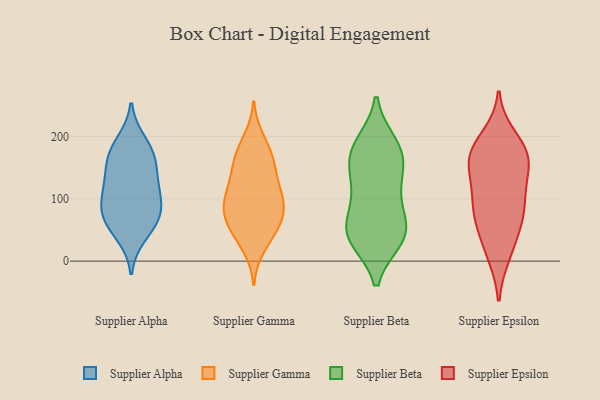
{"axis": {"x": "Humidity (%)", "y": "Value"}, "legend": ["Supplier Alpha", "Supplier Beta", "Supplier Epsilon", "Supplier Gamma"], "data": [{"x": "", "y": 42, "type": "Supplier Alpha"}, {"x": "", "y": 81, "type": "Supplier Alpha"}, {"x": "", "y": 174, "type": "Supplier Alpha"}, {"x": "", "y": 125, "type": "Supplier Alpha"}, {"x": "", "y": 63, "type": "Supplier Alpha"}, {"x": "", "y": 110, "type": "Supplier Alpha"}, {"x": "", "y": 70, "type": "Supplier Alpha"}, {"x": "", "y": 118, "type": "Supplier Alpha"}, {"x": "", "y": 80, "type": "Supplier Alpha"}, {"x": "", "y": 156, "type": "Supplier Alpha"}, {"x": "", "y": 190, "type": "Supplier Alpha"}, {"x": "", "y": 167, "type": "Supplier Alpha"}, {"x": "", "y": 196, "type": "Supplier Gamma"}, {"x": "", "y": 75, "type": "Supplier Gamma"}, {"x": "", "y": 99, "type": "Supplier Gamma"}, {"x": "", "y": 22, "type": "Supplier Gamma"}, {"x": "", "y": 99, "type": "Supplier Gamma"}, {"x": "", "y": 177, "type": "Supplier Gamma"}, {"x": "", "y": 155, "type": "Supplier Gamma"}, {"x": "", "y": 115, "type": "Supplier Gamma"}, {"x": "", "y": 110, "type": "Supplier Gamma"}, {"x": "", "y": 41, "type": "Supplier Gamma"}, {"x": "", "y": 172, "type": "Supplier Gamma"}, {"x": "", "y": 76, "type": "Supplier Gamma"}, {"x": "", "y": 141, "type": "Supplier Gamma"}, {"x": "", "y": 91, "type": "Supplier Gamma"}, {"x": "", "y": 147, "type": "Supplier Gamma"}, {"x": "", "y": 45, "type": "Supplier Gamma"}, {"x": "", "y": 63, "type": "Supplier Gamma"}, {"x": "", "y": 67, "type": "Supplier Gamma"}, {"x": "", "y": 170, "type": "Supplier Beta"}, {"x": "", "y": 184, "type": "Supplier Beta"}, {"x": "", "y": 38, "type": "Supplier Beta"}, {"x": "", "y": 64, "type": "Supplier Beta"}, {"x": "", "y": 45, "type": "Supplier Beta"}, {"x": "", "y": 36, "type": "Supplier Beta"}, {"x": "", "y": 125, "type": "Supplier Beta"}, {"x": "", "y": 188, "type": "Supplier Beta"}, {"x": "", "y": 94, "type": "Supplier Beta"}, {"x": "", "y": 170, "type": "Supplier Beta"}, {"x": "", "y": 155, "type": "Supplier Beta"}, {"x": "", "y": 119, "type": "Supplier Beta"}, {"x": "", "y": 49, "type": "Supplier Beta"}, {"x": "", "y": 39, "type": "Supplier Beta"}, {"x": "", "y": 155, "type": "Supplier Epsilon"}, {"x": "", "y": 182, "type": "Supplier Epsilon"}, {"x": "", "y": 60, "type": "Supplier Epsilon"}, {"x": "", "y": 155, "type": "Supplier Epsilon"}, {"x": "", "y": 98, "type": "Supplier Epsilon"}, {"x": "", "y": 62, "type": "Supplier Epsilon"}, {"x": "", "y": 130, "type": "Supplier Epsilon"}, {"x": "", "y": 99, "type": "Supplier Epsilon"}, {"x": "", "y": 10, "type": "Supplier Epsilon"}, {"x": "", "y": 177, "type": "Supplier Epsilon"}, {"x": "", "y": 168, "type": "Supplier Epsilon"}, {"x": "", "y": 163, "type": "Supplier Epsilon"}, {"x": "", "y": 65, "type": "Supplier Epsilon"}, {"x": "", "y": 199, "type": "Supplier Epsilon"}, {"x": "", "y": 95, "type": "Supplier Epsilon"}, {"x": "", "y": 16, "type": "Supplier Epsilon"}]}